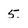
Character: 5